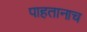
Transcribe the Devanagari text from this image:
पाहतानाच